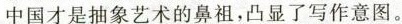
中国才是抽象艺术的鼻祖，凸显了写作意图。